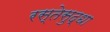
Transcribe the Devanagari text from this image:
रस्तेसुद्धा